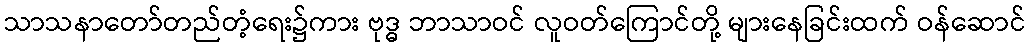
သာသနာတော်တည်တံ့ရေး၌ကား ဗုဒ္ဓ ဘာသာဝင် လူဝတ်ကြောင်တို့ များနေခြင်းထက် ဝန်ဆောင်